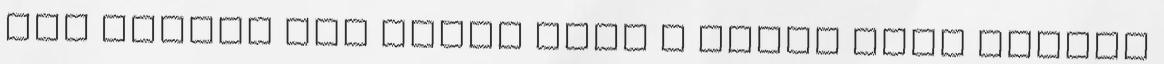
nem mondja már nekem hogy a képen lévő ételek